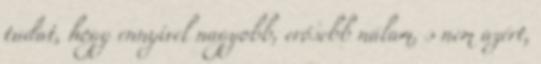
tudat, hogy ennyivel nagyobb, erősebb nálam, s nem azért,